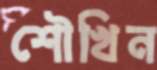
শৌখিন